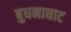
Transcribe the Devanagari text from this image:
बुधनाघाट